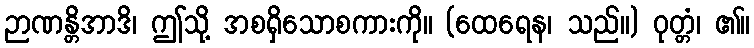
ဉာဏန္တိအာဒိ၊ ဤသို့ အစရှိသောစကားကို။ (ထေရေန၊ သည်။) ဝုတ္တံ၊ ၏။